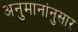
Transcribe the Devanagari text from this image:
अनुमानांनुसार